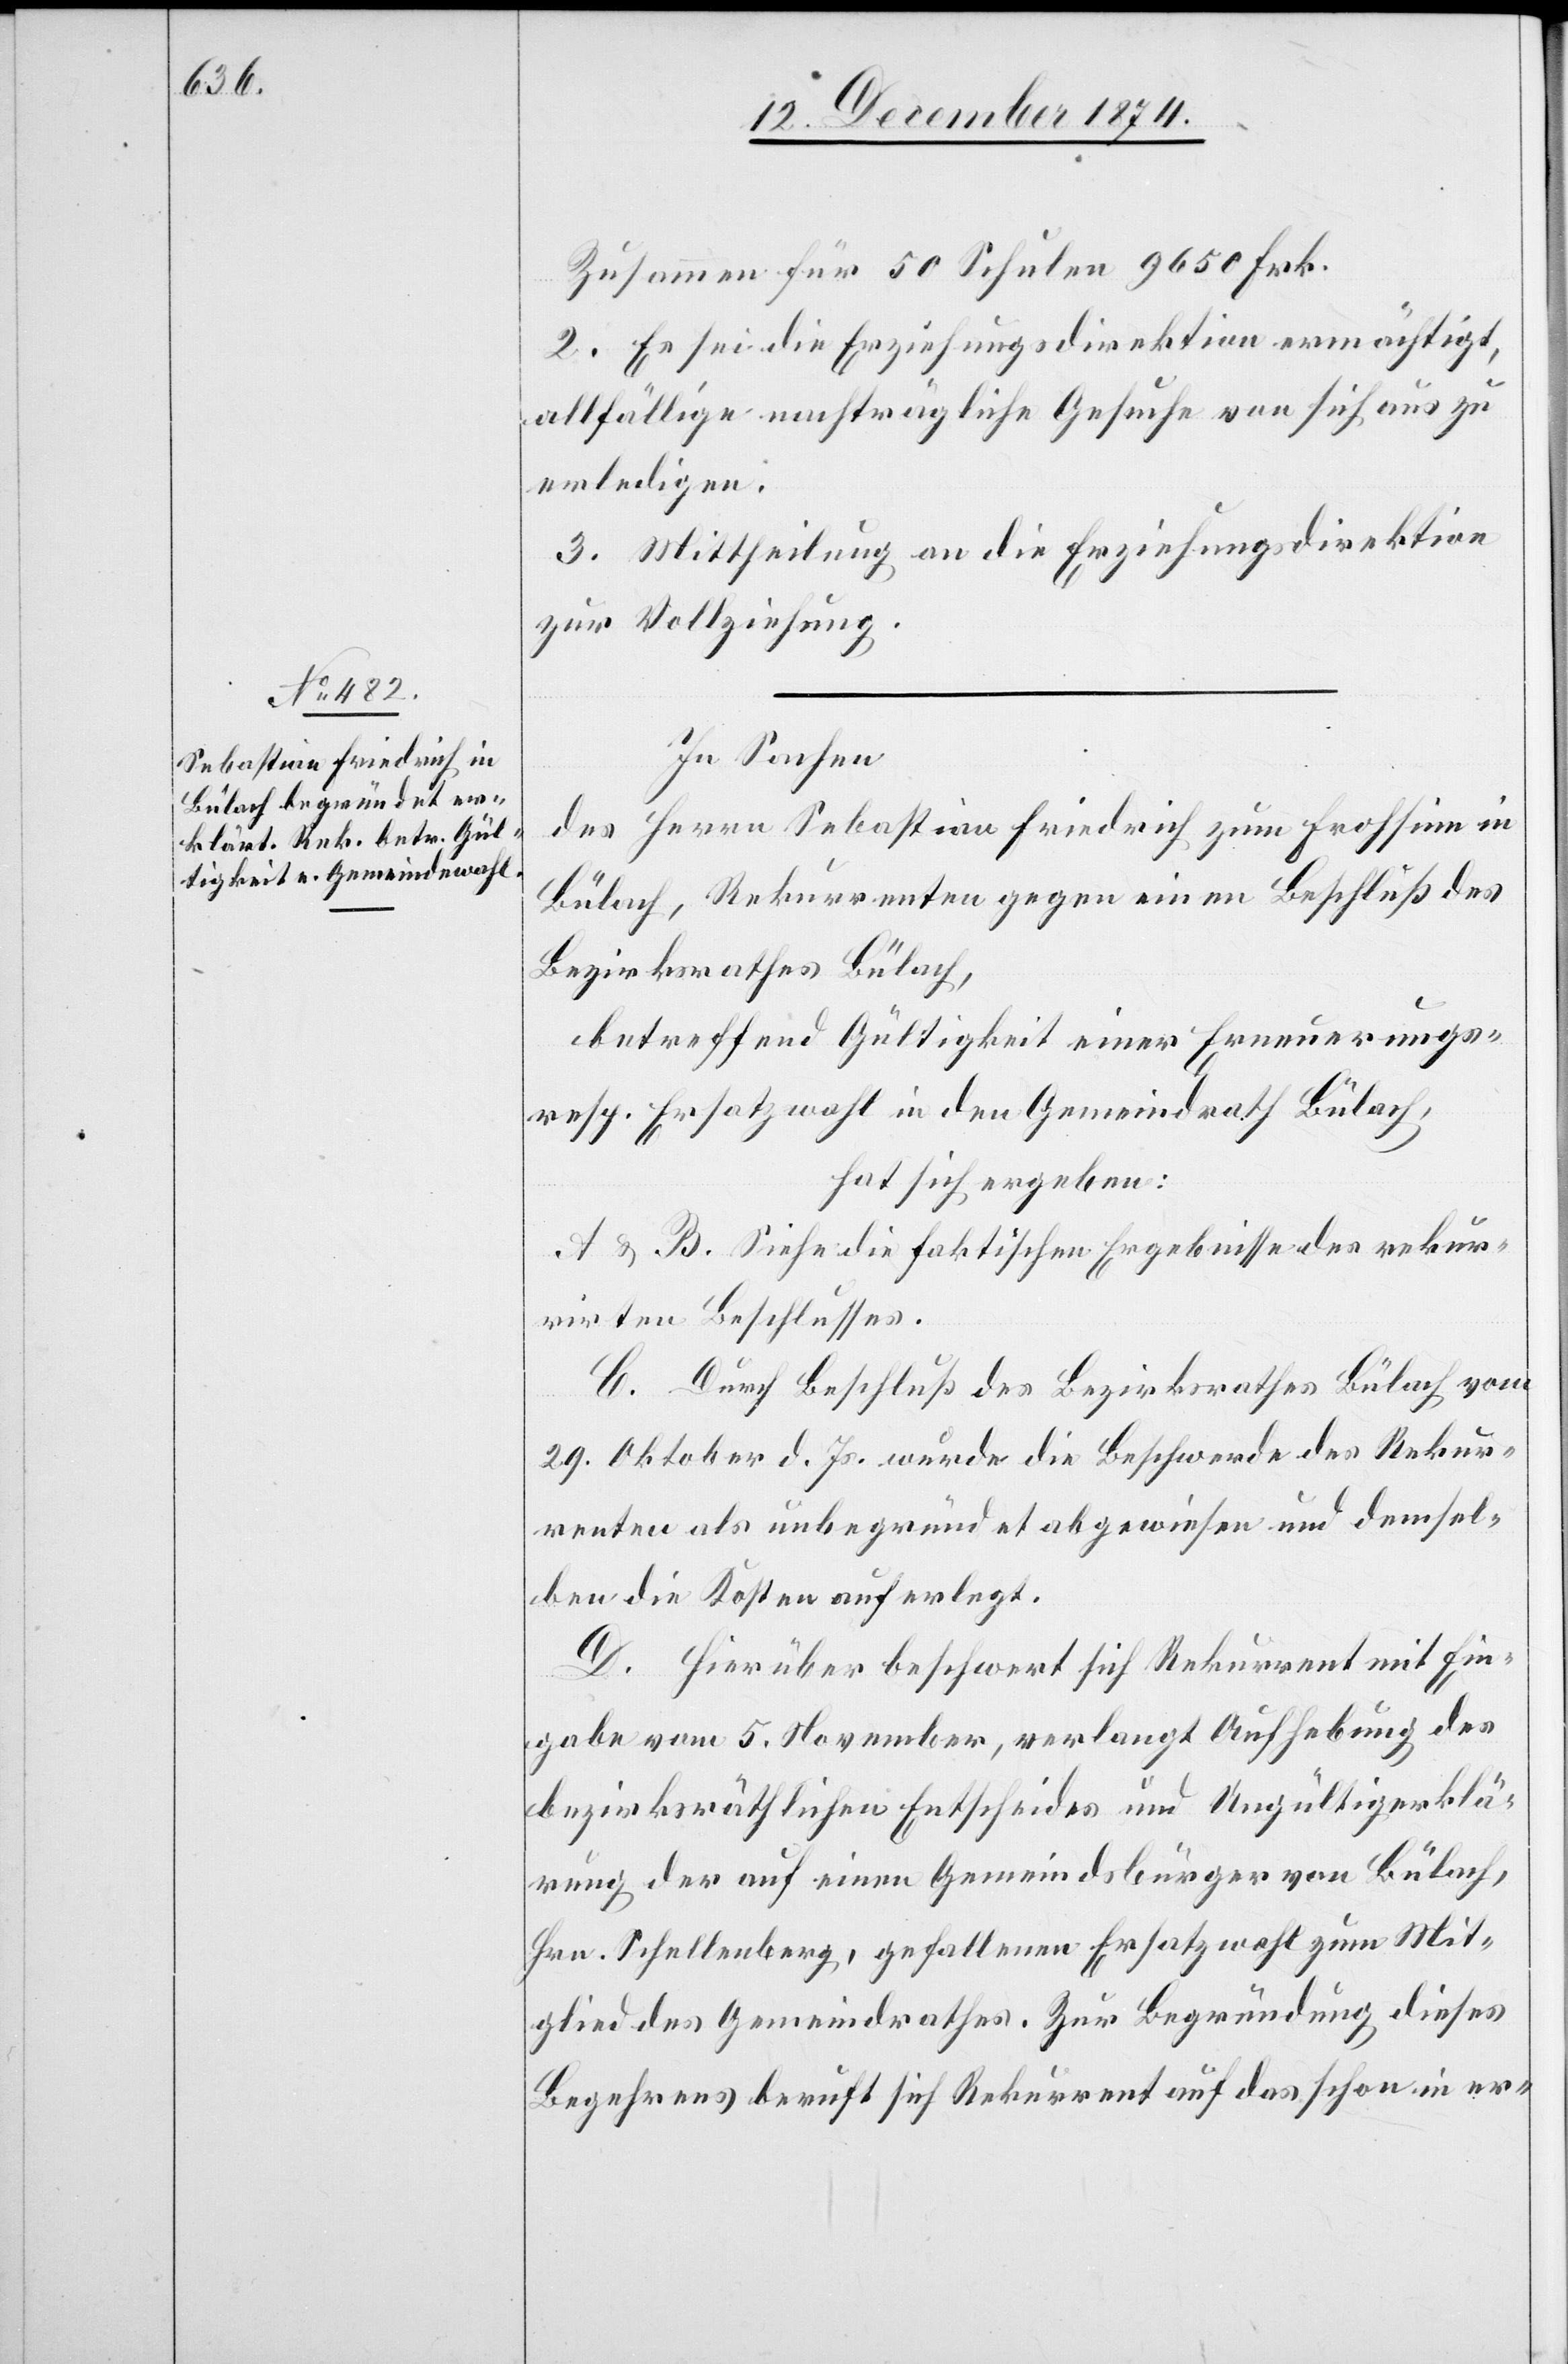
Zusammen für 50 Schulen 9650 Frk.
2. Es sei die Erziehungsdirektion ermächtigt,
allfällige nachträgliche Gesuche von sich aus zu
erledigen.
3. Mittheilung an die Erziehungsdirektion
zur Vollziehung.
In Sachen
des Herrn Sebastian Friedrich zum Frohsinn in
Bülach, Rekurrenten gegen einen Beschluß des
Bezirksrathes Bülach,
betreffend Gültigkeit einer Erneuerungs-
resp. Ersatzwahl in den Gemeindrath Bülach,
hat sich ergeben:
A & B. Siehe die faktischen Ergebnisse des rekur¬
rirten Beschlusses.
C. Durch Beschluß des Bezirksrathes Bülach vom
29. Oktober d. Js. wurde die Beschwerde des Rekur¬
renten als unbegründet abgewiesen und demsel¬
ben die Kosten auferlegt.
D. Hierüber beschwert sich Rekurrent mit Ein¬
gabe vom 5. November, verlangt Aufhebung des
bezirksräthlichen Entscheides und Ungültigerklä¬
rung der auf einen Gemeindsbürger von Bülach,
Hrn. Schellenberg, gefallenen Ersatzwahl zum Mit¬
glied des Gemeindrathes. Zur Begründung dieses
Begehrens beruft sich Rekurrent auf das schon in er-